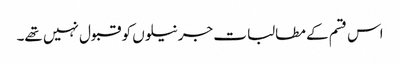
اس قسم کے مطالبات جرنیلوں کو قبول نہیں تھے۔